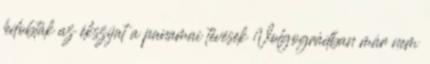
ledobták az ékszíjat a panamai tévések Volgográdban már nem